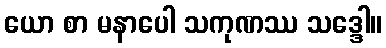
ယော စာ မနာပေါ သကုဏဿ သဒ္ဒေါ။